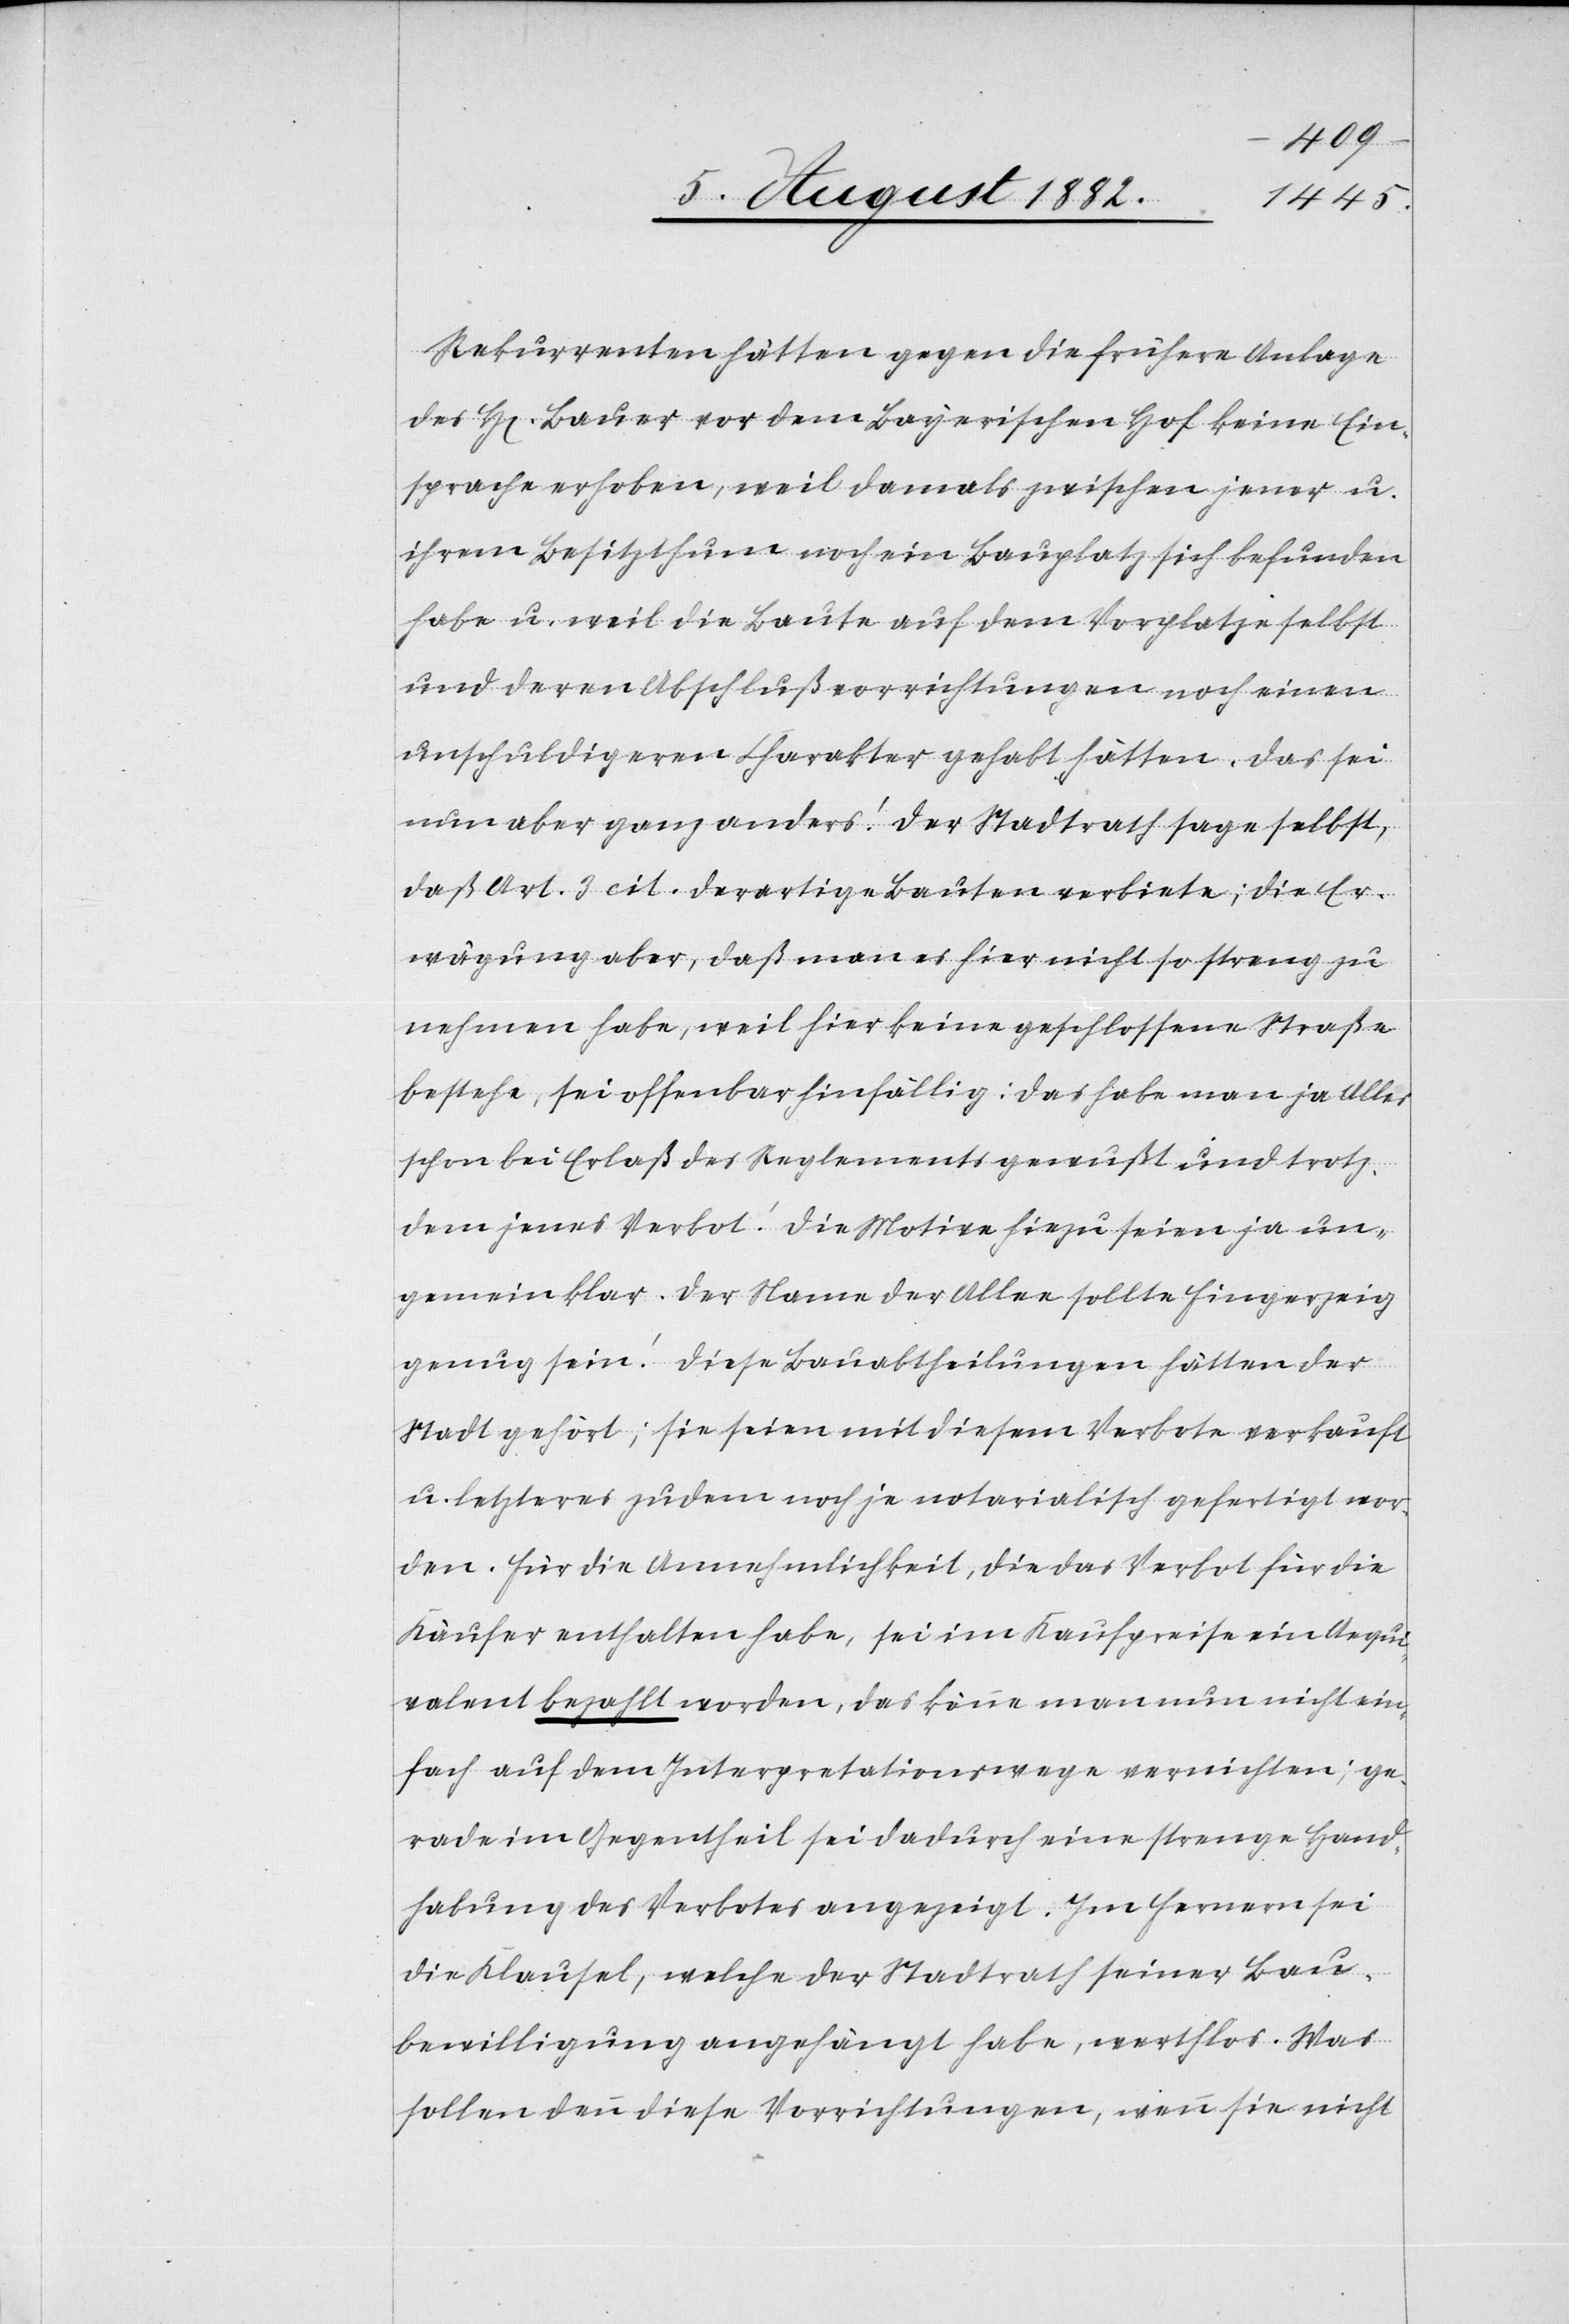
Rekurrenten hätten gegen die frühere Anlage
des H[err] Bauer vor dem Bayerischen Hof keine Ein¬
sprache erhoben, weil damals zwischen jener u.
ihrem Besitzthum noch ein Bauplatz sich befunden
habe u. weil die baute auf dem Vorplatze selbst
und deren Abschlußvorrichtungen noch einen
unschuldigeren Charakter gehabt hätten. Das sei
nun aber ganz anders! Der Stadtrath sage selbst,
daß Art. 3 cit. derartige bauten verbiete; die Er¬
wägung aber, daß man es hier nicht so streng zu
nehmen habe, weil hier keine geschlossene Straße
bestehe, sei offenbar hinfällig: das habe man ja Alles
schon bei Erlaß des Reglements gewußt und trotz¬
dem jenes Verbot! Die Motive hiezu seien ja un¬
gemein klar: der Name der Allee sollte Fingerzeig
genug sein! Diese Bauabtheilungen hätten der
Stadt gehört; sie seien mit diesem Verbote verkauft
u. letzteres zudem noch je notarialisch gefertigt wor¬
den. Für die Annehmlichkeit, die das Verbot für die
Käufer enthalten habe, sei im Kaufpreise ein Aequi¬
valent bezahlt worden, das könne man nun nicht ein¬
fach auf dem Interpretationswege vernichten; ge¬
rade im Gegentheil sei dadurch eine strenge Hand¬
habung des Verbotes angezeigt. Im Fernern sei
die Klausel, welche der Stadtrath seiner Bau¬
bewilligung angehängt habe, werthlos. Was
sollen denn diese Vorrichtungen, wenn sie nicht